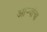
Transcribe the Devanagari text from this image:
आऱ्यांचा